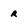
Character: r